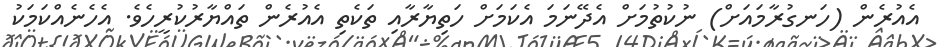
އެއުރެން (ހަނގުރާމައަށް) ނުކުތުމަށް އެދޭނަމަ އެކަމަށް ހަތިޔާރާއި ތަކެތި އެއުރެން ތައްޔާރުކުރީހެވެ. އެހެނެއްކަމަކު